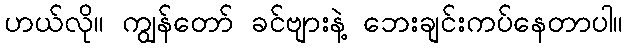
ဟယ်လို။ ကျွန်တော် ခင်ဗျားနဲ့ ဘေးချင်းကပ်နေတာပါ။